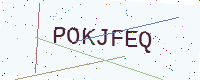
Text: POKJFEQ